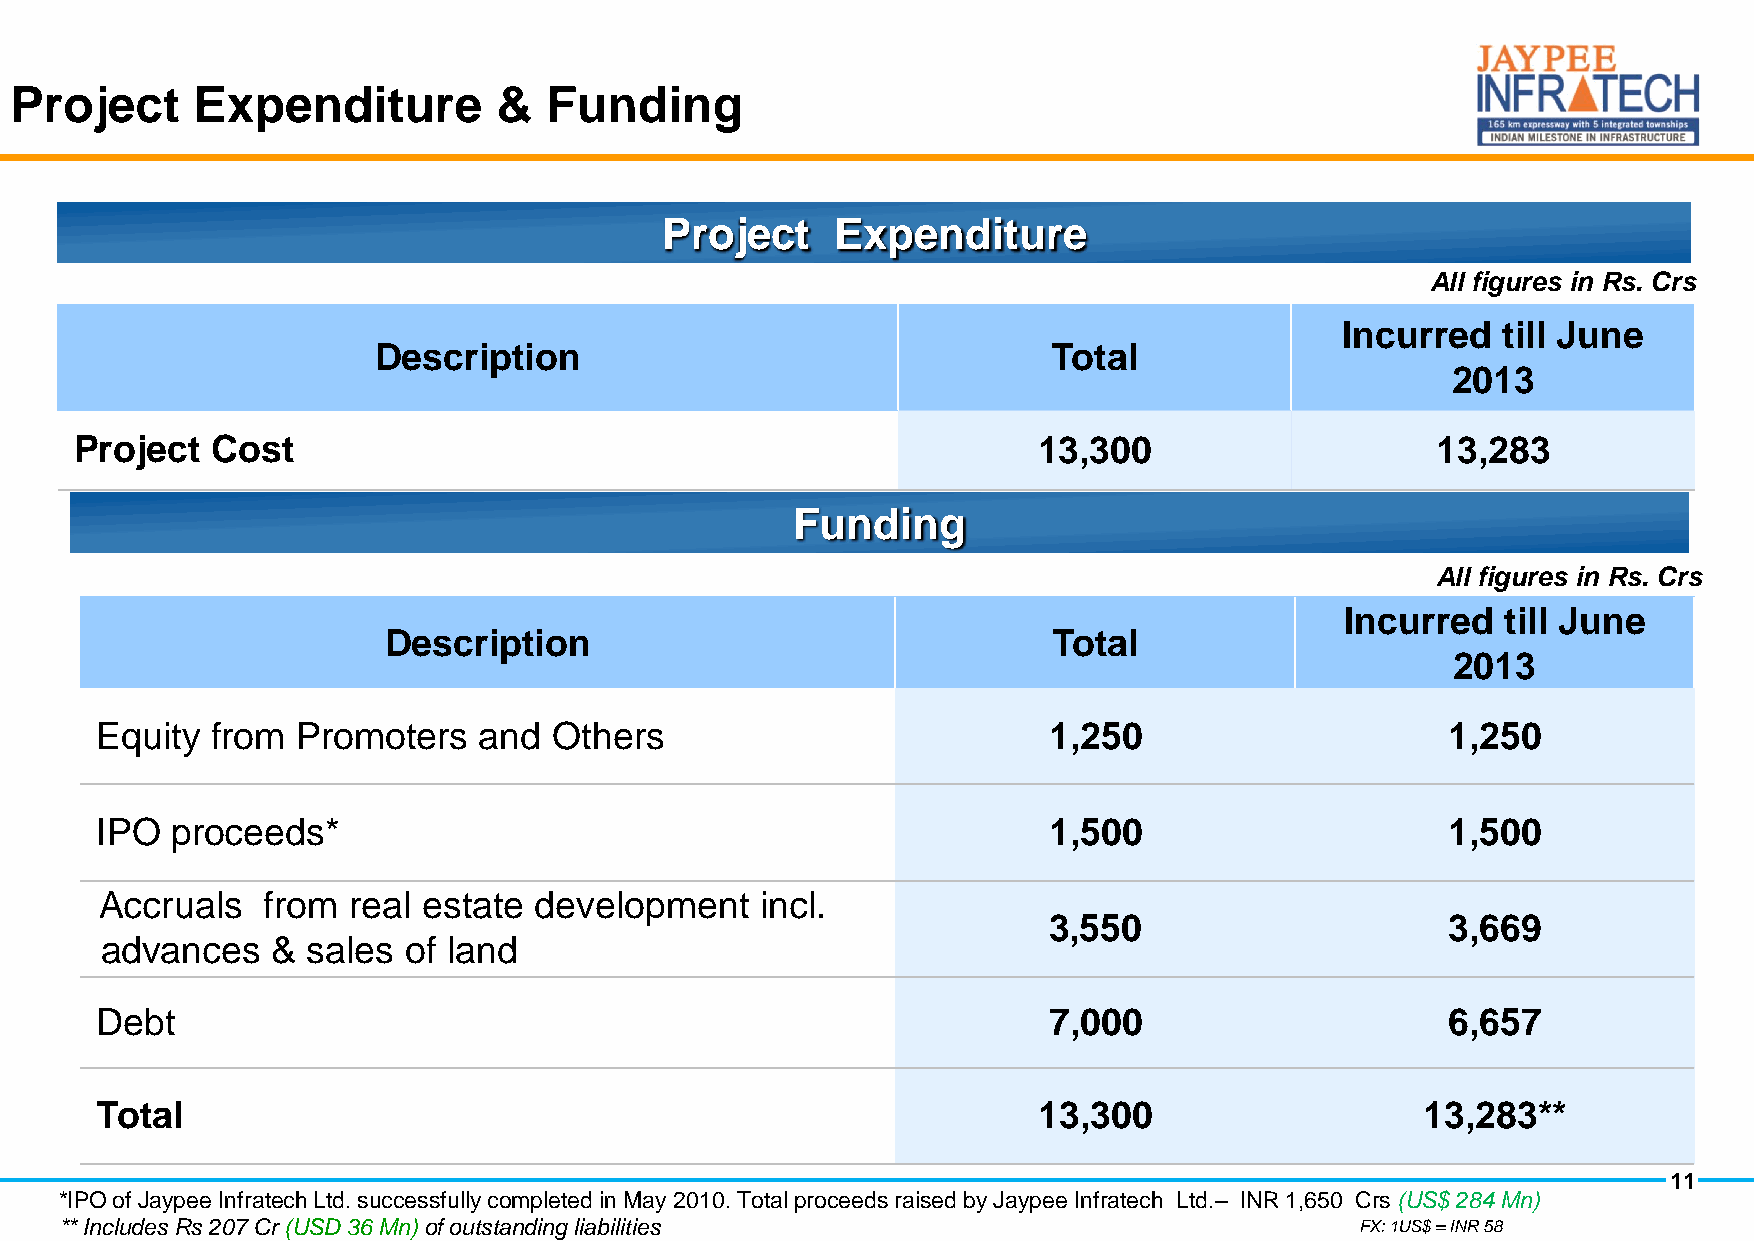
Project     Expenditure         &  Funding
 Project    Expenditure
 All figures in Rs. Crs
 Incurred  till June
 Description                                  Total
 2013
 Project  Cost                                                   13,300                    13,283
 Funding
 All figures in Rs. Crs
 Incurred   till June
 Description                                  Total
 2013
 Equity  from  Promoters   and  Others                          1,250                      1,250
 IPO  proceeds*                                                 1,500                      1,500
 Accruals  from  real estate development    incl.
 3,550                      3,669
 advances   & sales  of land
 Debt                                                           7,000                      6,657
 Total                                                          13,300                   13,283**
 11
 *IPO of Jaypee Infratech Ltd. successfully completed in May 2010. Total proceeds raised by Jaypee Infratech Ltd.– INR 1,650 Crs (US$ 284 Mn)
 ** Includes Rs 207 Cr (USD 36 Mn) of outstanding liabilities                          FX: 1US$ = INR 58